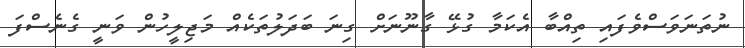
ނުތަނަވަސްވެފައި ތިއްބާ އެކަމާ ގުޅޭ ގާނޫނަށް ގިނަ ބަދަލުތަކެއް މަޖިލީހުން ވަނީ ގެނެސްފަ